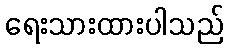
ရေးသားထားပါသည်